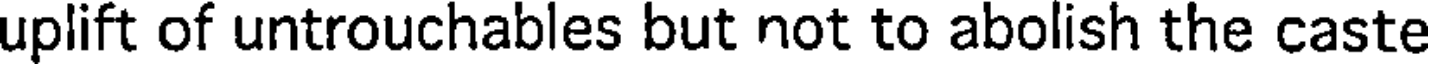
uplift of untrouchables but not to abolish the caste